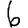
Digit: 6